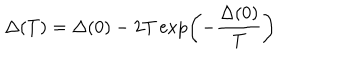
\Delta ( T ) = \Delta ( 0 ) - 2 T \exp \left( - \frac { \Delta ( 0 ) } { T } \right)